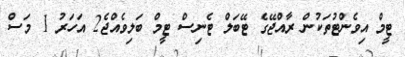
ޓީމް އިވެންޓުތަކުން ރާއްޖޭގެ ޓޭބަލް ޓެނިސް ޓީމް ބަލިވެއްޖެ2 އަހަރު 1 މަސް